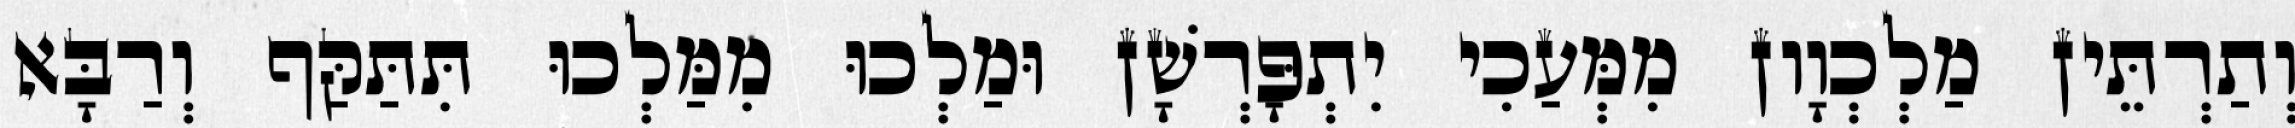
וְתַרְתֵּין מַלְכְוָון מִמְּעַכִי יִתְפָּרְשָׁן וּמַלְכוּ מִמַּלְכוּ תִּתַּקַּף וְרַבָּא